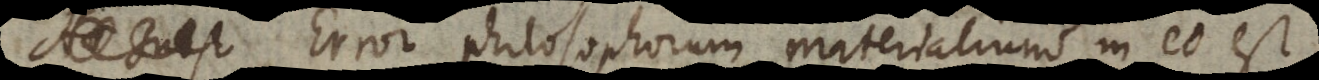
Error philosophorum materialium in eo est